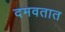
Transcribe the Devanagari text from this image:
दमवतात